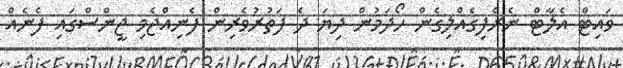
ވައިޓް އެލާޓް ނެރެފިގެއްލިގެން ހޯދަމުން ދިޔަ ދެ ފަތުރުވެރިން ފެނިއްޖެމި ޖީންސްގައި ފެނެއް